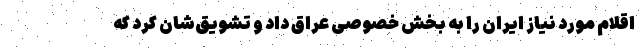
اقلام مورد نیاز ایران را به بخش خصوصی عراق داد و تشویق‌شان کرد که